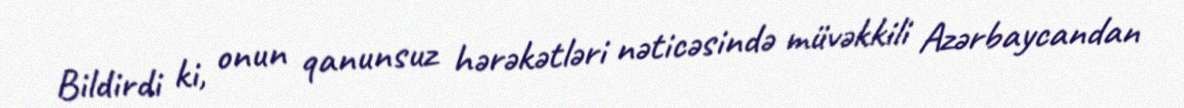
Bildirdi ki, onun qanunsuz hərəkətləri nəticəsində müvəkkili Azərbaycandan